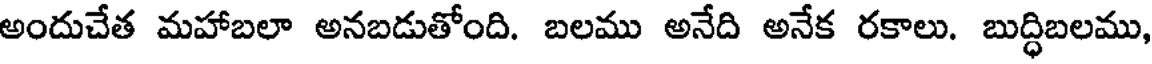
అందుచేత మహాబలా అనబడుతోంది. బలము అనేది అనేక రకాలు. బుద్ధిబలము,